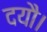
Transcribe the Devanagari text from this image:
दयौ।